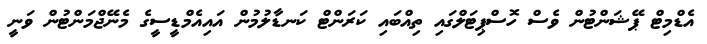
އެޑްމިޓް ޕޭޝަންޓުން ވެސް ހޮސްޕިޓަލްގައި ތިއްބައި ކަރަންޓް ކަނޑާލުމުން އައިއެމްޑީސީގެ މެނޭޖްމަންޓުން ވަނީ